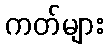
ကတ်များ